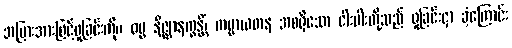
အပြားအားဖြင့်ရှုခြင်းကို။ ဓမ္မ နိဇ္ဈာနက္ခန္တိံ၊ ကမ္မာယတန အစရှိသော ငါးပါးတို့သည် ရှုခြင်းငှာ ခံ့ကြောင်း